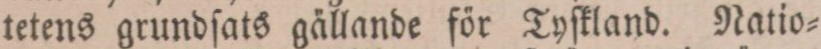
tetens grundſats gällande för Tyſkland. Natio=